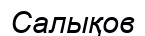
Салықов